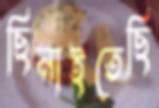
ছিনাইতেছি